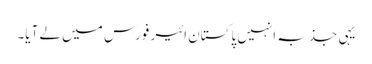
یہی جذبہ انہیں پاکستان ائیر فورس میں لے آیا۔